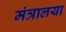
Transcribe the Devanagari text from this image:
मंत्रालया